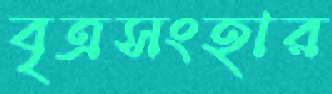
বৃত্রসংহার